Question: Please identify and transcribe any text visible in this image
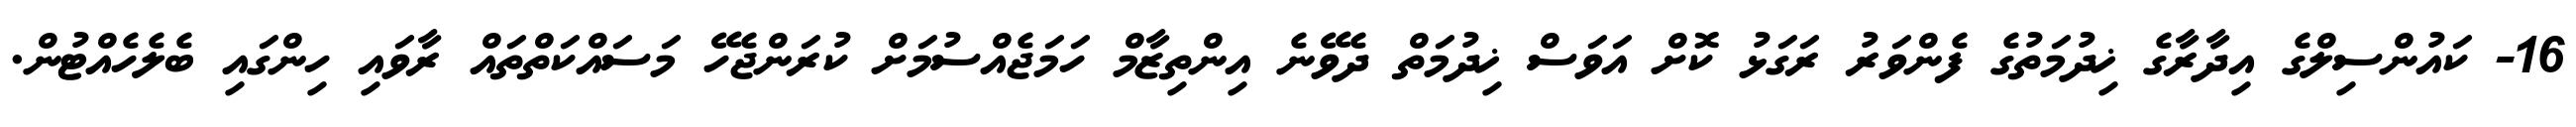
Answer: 16- ކައުންސިލްގެ އިދާރާގެ ޚިދުމަތުގެ ފެންވަރު ރަގަޅު ކޮށް އަވަސް ޚިދުމަތް ދެވޭނެ އިންތިޒާމް ހަމަޖެއްސުމަށް ކުރަންޖެހޭ މަސައްކަތްތައް ރާވައި ހިންގައި ބެލެހެއްޓުން.